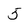
Character: 5